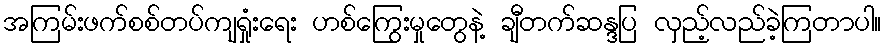
အကြမ်းဖက်စစ်တပ်ကျရှုံးရေး ဟစ်ကြွေးမှုတွေနဲ့ ချီတက်ဆန္ဒပြ လှည့်လည်ခဲ့ကြတာပါ။